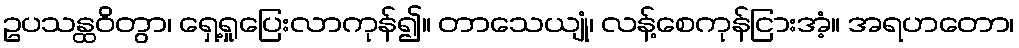
ဥပသန္ထဝိတွာ၊ ရှေ့ရှုပြေးလာကုန်၍။ တာသေယျုံ၊ လန့်စေကုန်ငြားအံ့။ အရဟတော၊